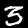
Digit: 3